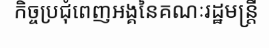
កិច្ចប្រជុំពេញអង្គនៃគណៈរដ្ឋមន្ត្រី